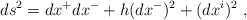
\begin{align*}ds^2 = dx^+ dx^- + h (dx^-)^2 + (dx^i)^2 ~,\end{align*}